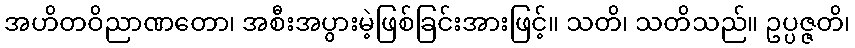
အဟိတဝိညာဏတော၊ အစီးအပွားမဲ့ဖြစ်ခြင်းအားဖြင့်။ သတိ၊ သတိသည်။ ဥပ္ပဇ္ဇတိ၊